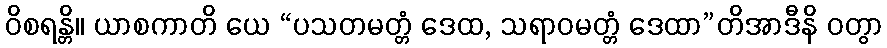
ဝိစရန္တိ။ ယာစကာတိ ယေ “ပသတမတ္တံ ဒေထ, သရာဝမတ္တံ ဒေထာ”တိအာဒီနိ ဝတွာ